Vaccine operations Central Provinces 1886-1899 - 1886-1899
Year: 1886
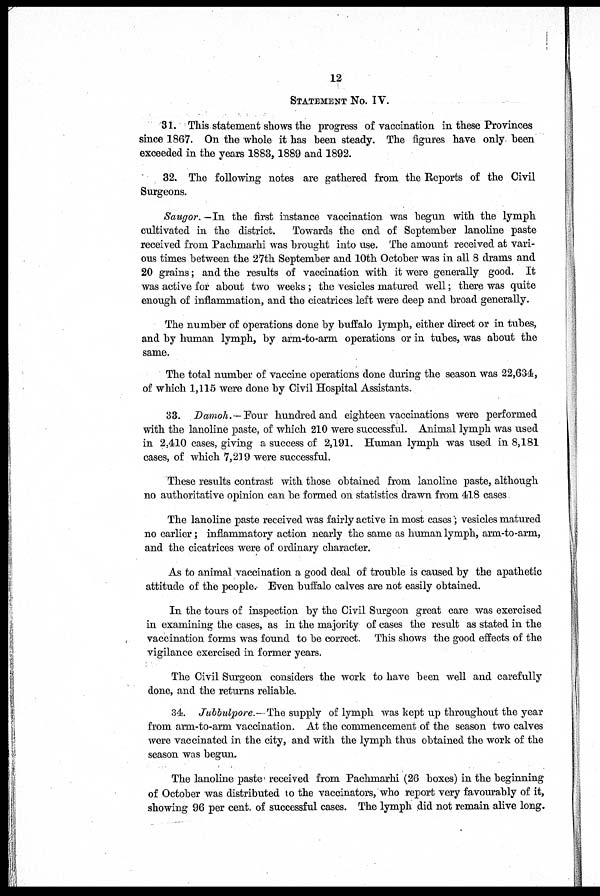
12
STATEMENT No. IV.
31. This statement shows the progress of vaccination in these Provinces
since 1867. On the whole it has been steady. The figures have only been
exceeded in the years 1883, 1889 and 1892.
32. The following notes are gathered from the Reports of the Civil
Surgeons.
Saugor.—In the first instance vaccination was begun with the lymph
cultivated in the district. Towards the end of September lanoline paste
received from Pachmarhi was brought into use. The amount received at vari-
ous times between the 27th September and 10th October was in all 8 drams and
20 grains; and the results of vaccination with it were generally good. It
was active for about two weeks; the vesicles matured well; there was quite
enough of inflammation, and the cicatrices left were deep and broad generally.
The number of operations done by buffalo lymph, either direct or in tubes,
and by human lymph, by arm-to-arm operations or in tubes, was about the
same.
The total number of vaccine operations done during the season was 22,634,
of which 1,115 were done by Civil Hospital Assistants.
33. Damoh.—Four hundred and eighteen vaccinations were performed
with the lanoline paste, of which 210 were successful. Animal lymph was used
in 2,410 cases, giving a success of 2,191. Human lymph was used in 8,181
cases, of which 7,219 were successful.
These results contrast with those obtained from lanoline paste, although
no authoritative opinion can be formed on statistics drawn from 418 cases
The lanoline paste received was fairly active in most cases ; vesicles matured
no earlier; inflammatory action nearly the same as human lymph, arm-to-arm,
and the cicatrices were of ordinary character.
As to animal vaccination a good deal of trouble is caused by the apathetic
attitude of the people. Even buffalo calves are not easily obtained.
In the tours of inspection by the Civil Surgeon great care was exercised
in examining the cases, as in the majority of cases the result as stated in the
vaccination forms was found to be correct. This shows the good effects of the
vigilance exercised in former years.
The Civil Surgeon considers the work to have been well and carefully
done, and the returns reliable.
34. Jubbulpore.—The supply of lymph was kept up throughout the year
from arm-to-arm vaccination. At the commencement of the season two calves
were vaccinated in the city, and with the lymph thus obtained the work of the
season was begun.
The lanoline paste received from Pachmarhi (26 boxes) in the beginning
of October was distributed to the vaccinators, who report very favourably of it,
showing 96 per cent. of successful cases. The lymph did not remain alive long.